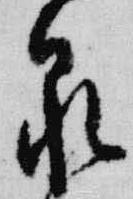
泉